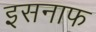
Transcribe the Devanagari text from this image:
इसनाफ